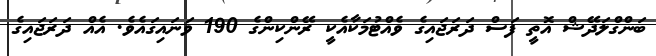
ބަންގްލަދޭޝް އޮތީ ފަސް ދަރަޖައިގެ ވެއްޓުމަކާއެކީ ރޭންކިންގެ 190 ވަނައިގައެވެ. އެއް ދަރަޖައިގެ